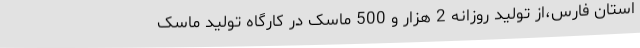
استان فارس،از تولید روزانه 2 هزار و 500 ماسک در کارگاه تولید ماسک